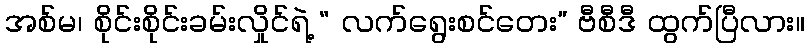
အစ်မ၊ စိုင်းစိုင်းခမ်းလှိုင်ရဲ့ “ လက်ရွေးစင်တေး” ဗီစီဒီ ထွက်ပြီလား။